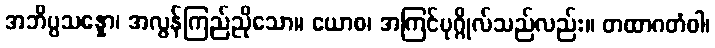
အဘိပ္ပသန္နော၊ အလွန်ကြည်ညိုသော။ ယောစ၊ အကြင်ပုဂ္ဂိုလ်သည်လည်း။ တထာဂတံဝါ၊